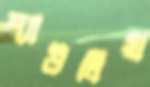
শ্যাউলিয়া